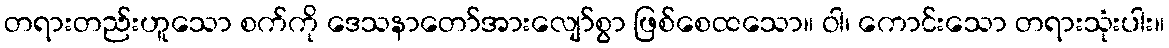
တရားတည်းဟူသော စက်ကို ဒေသနာတော်အားလျော်စွာ ဖြစ်စေထသော။ ဝါ၊ ကောင်းသော တရားသုံးပါး။